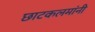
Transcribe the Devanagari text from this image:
छाटकलमांनी